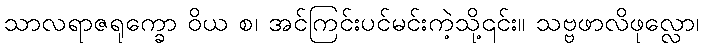
သာလရာဇရုက္ခော ဝိယ စ၊ အင်ကြင်းပင်မင်းကဲ့သို့၎င်း။ သဗ္ဗဖာလိဖုလ္လော၊